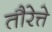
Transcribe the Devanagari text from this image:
तौरेत्ते